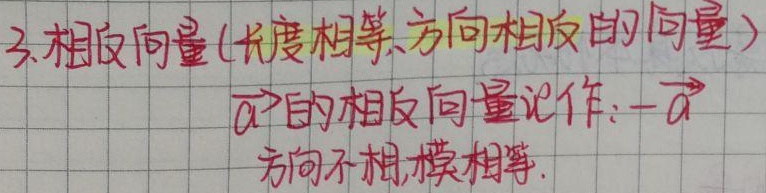
3. 相反向量（长度相等、方向相反的向量），$\vec{a}$的相反向量记作 $-\vec{a}$，其方向相反，模相等。